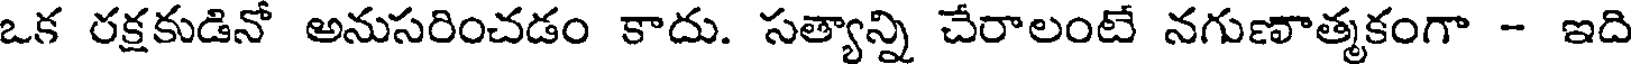
ఒక రక్షకుడినో అనుసరించడం కాదు. సత్యాన్ని చేరాలంటే నగుణాత్మకంగా - ఇది